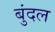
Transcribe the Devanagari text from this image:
बुंदल